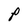
Character: P